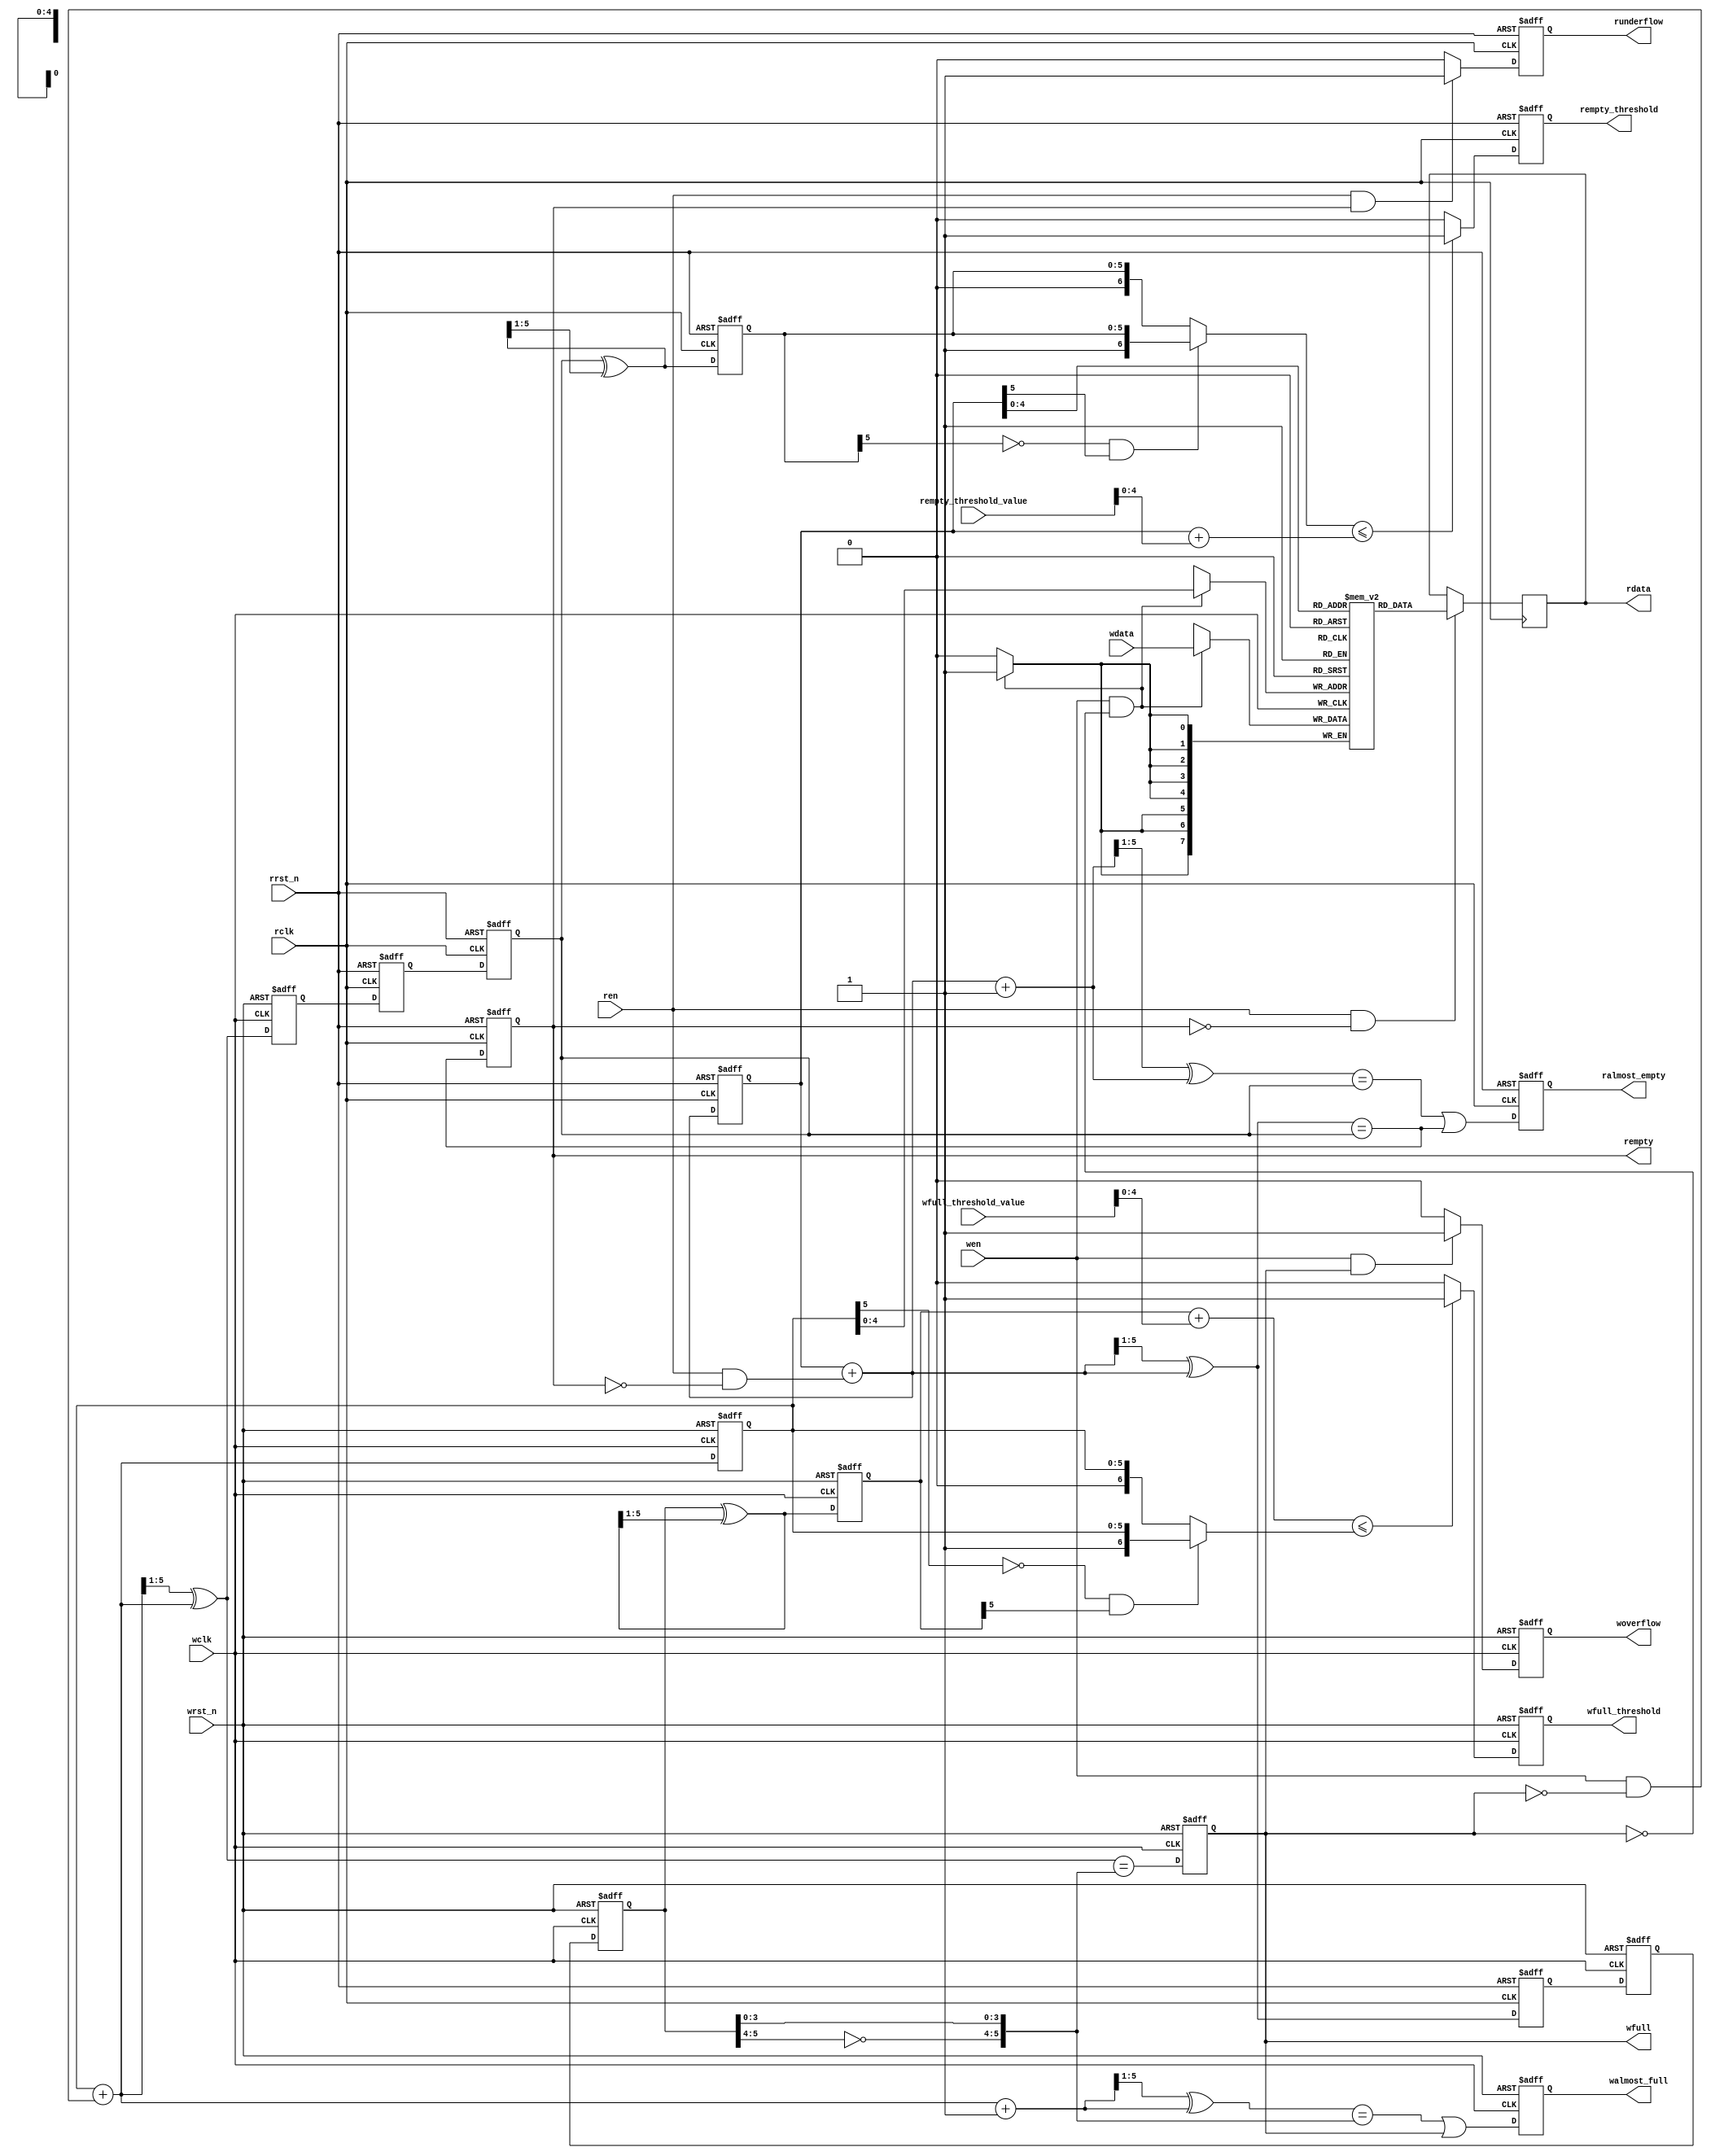
`timescale 1 ns / 1 ps
`default_nettype none

/***********************************************************************
This file is part of the ChipWhisperer Project. See www.newae.com for more
details, or the codebase at http://www.chipwhisperer.com

This code originates from:
http://www.sunburst-design.com/papers/CummingsSNUG2002SJ_FIFO1.pdf
Changes made:
    - default_nettype and the missing wire declarations necessitated by this.
    - combine the original 6 modules into a single one
    - over/underflow flags
    - programmable full and empty threshold
    - almost full / empty flags
    - parameterize depth instead of address width
    - make "first word fall through" an option
    - add Xilinx xpm_memory_sdpram instantiation

*************************************************************************/

module fifo_async #(
    parameter pDATA_WIDTH = 8,
    parameter pDEPTH = 32,
    parameter pFALLTHROUGH = 0, // "first word fall through" 
    parameter pFLOPS = 1,       // pFLOPS, pBRAM and pDISTRIBUTED are mutually exclusive
    parameter pBRAM = 0,        // Setting pBRAM or pDISTRIBUTE instantiates a Xilinx
    parameter pDISTRIBUTED = 0  // xpm_memory_sdpram instance for storage; otherwise, flops.
) (
    input  wire                         wclk, 
    input  wire                         rclk, 
    input  wire                         wrst_n,
    input  wire                         rrst_n,
    /* verilator lint_off UNUSED */
    input  wire [31:0]                  wfull_threshold_value,
    input  wire [31:0]                  rempty_threshold_value,
    /* verilator lint_on UNUSED */
    input  wire                         wen, 
    input  wire [pDATA_WIDTH-1:0]       wdata,
    output reg                          wfull,
    output reg                          walmost_full,
    output reg                          woverflow,
    output reg                          wfull_threshold,
    input  wire                         ren, 
    output wire [pDATA_WIDTH-1:0]       rdata,
    output reg                          rempty,
    output reg                          ralmost_empty,
    output reg                          rempty_threshold,
    output reg                          runderflow
);

    localparam pADDR_WIDTH = (pDEPTH ==     32)? 5 :
                             (pDEPTH ==     64)? 6 :
                             (pDEPTH ==    128)? 7 :
                             (pDEPTH ==    256)? 8 :
                             (pDEPTH ==    512)? 9 :
                             (pDEPTH ==   1024)? 10 :
                             (pDEPTH ==   2048)? 11 :
                             (pDEPTH ==   4096)? 12 :
                             (pDEPTH ==   8192)? 13 :
                             (pDEPTH ==  16384)? 14 :
                             (pDEPTH ==  32768)? 15 :
                             (pDEPTH ==  65536)? 16 :
                             (pDEPTH == 131072)? 17 : 0;


    wire [pADDR_WIDTH-1:0] wfull_threshold_value_trimmed = wfull_threshold_value[pADDR_WIDTH-1:0];
    wire [pADDR_WIDTH-1:0] rempty_threshold_value_trimmed = rempty_threshold_value[pADDR_WIDTH-1:0];

    wire [pADDR_WIDTH-1:0] waddr, raddr;
    reg  [pADDR_WIDTH:0] wq1_rptr, wq2_rptr, rq1_wptr, rq2_wptr, wptr, rptr;
    reg [pADDR_WIDTH:0] rbin;
    wire [pADDR_WIDTH:0] rgraynext, rbinnext, rbinnext_plus1, rgraynext_plus1;
    wire rempty_val, ralmost_empty_val;
    reg [pADDR_WIDTH:0] wbin;
    wire [pADDR_WIDTH:0] wgraynext, wbinnext, wgraynext_plus1, wbinnext_plus1;
    wire wfull_val, walmost_full_val;
    wire [pDATA_WIDTH-1:0] rdata_fwft;
    reg  [pDATA_WIDTH-1:0] rdata_reg;

    // New: overflow flag
    always @(posedge wclk or negedge wrst_n)
        if (!wrst_n) woverflow <= 1'b0;
        else if (wen && wfull) woverflow <= 1'b1;
        else woverflow <= 1'b0;

    // New: underflow flag
    always @(posedge rclk or negedge rrst_n)
        if (!rrst_n) runderflow <= 1'b0;
        else if (ren && rempty) runderflow <= 1'b1;
        else runderflow <= 1'b0;

    //sync_r2w module in original code:
    always @(posedge wclk or negedge wrst_n)
        if (!wrst_n) {wq2_rptr,wq1_rptr} <= 0;
        else {wq2_rptr,wq1_rptr} <= {wq1_rptr,rptr};

    //sync_w2r module in original code:
    always @(posedge rclk or negedge rrst_n)
        if (!rrst_n) {rq2_wptr,rq1_wptr} <= 0;
        else {rq2_wptr,rq1_wptr} <= {rq1_wptr,wptr};


    `ifdef FAST_FIFO_SIM // flops simulate substantially faster (~50% faster Husky-Pro simulation)
        localparam pFAST_SIM_FLOPS = 1;
    `else
        localparam pFAST_SIM_FLOPS = 0;
    `endif

    // fifomem module in original code:
    generate
        if (pBRAM || pDISTRIBUTED) begin : xilinx_inst
            localparam pMEMORY_PRIMITIVE = (pBRAM)? "block" : "distributed";
            localparam pREAD_LATENCY = (pBRAM)? 1 : 0;

            wire [pDATA_WIDTH-1:0] memout;
            wire [pADDR_WIDTH-1:0] mem_raddr;
            wire mem_rd;

            if (pDISTRIBUTED) begin: distributed_memout_inst
                reg [pDATA_WIDTH-1:0] memout_reg;
                always @(posedge rclk) if (ren && !rempty) memout_reg <= memout;
                assign rdata = (pFALLTHROUGH)? memout : memout_reg;
                assign mem_raddr = raddr;
                assign mem_rd = 1'b1;
            end // distributed_memout_inst

            else if (pBRAM) begin: bram_memout_inst
                reg [pADDR_WIDTH-1:0] current_raddr, next_raddr;
                wire [pADDR_WIDTH-1:0] raddr_fwft;
                assign mem_raddr = (pFALLTHROUGH)? raddr_fwft : raddr;
                assign raddr_fwft = ren? next_raddr : current_raddr;
                assign rdata = memout;
                assign mem_rd = (pFALLTHROUGH)? ~rempty : ren;
                always @(posedge rclk or negedge rrst_n) begin
                    if (~rrst_n) begin
                        current_raddr <= 0;
                        next_raddr <= 1;
                    end
                    else if (ren && ~rempty) begin
                        current_raddr <= current_raddr + 1;
                        next_raddr <= next_raddr + 1;
                    end
                end
                `ifdef __ICARUS__
                    wire warning = (wen && mem_rd && (mem_raddr == waddr));
                    always @(posedge rclk or posedge wclk) begin
                        if (warning)
                            $display("%t WARNING: reading and writing same BRAM address simultaneously; probably won't work as expected! (%m)", $time);
                    end
                `endif
            end // bram_memout_inst

            `ifndef LINT
            if (pFAST_SIM_FLOPS == 0) begin: xpm_inst
                // IMPORTANT NOTE: to simulate with iverilog, some assertions in
                // xpm_memory.sv need to be commented out (with Vivado 2020.2, the
                // whole gen_coll_msgs block), and the -gsupported-assertion
                // iverilog option used.
                xpm_memory_sdpram #(
                    .ADDR_WIDTH_A                       (pADDR_WIDTH),
                    .ADDR_WIDTH_B                       (pADDR_WIDTH),
                    .AUTO_SLEEP_TIME                    (0),
                    .BYTE_WRITE_WIDTH_A                 (pDATA_WIDTH),
                    .CLOCKING_MODE                      ("independent_clock"),
                    .ECC_MODE                           ("no_ecc"),
                    .MEMORY_INIT_FILE                   ("none"),
                    .MEMORY_INIT_PARAM                  ("0"),
                    .MEMORY_OPTIMIZATION                ("true"),
                    .MEMORY_PRIMITIVE                   (pMEMORY_PRIMITIVE),
                    .MEMORY_SIZE                        (pDATA_WIDTH*pDEPTH),
                    .MESSAGE_CONTROL                    (0),
                    .READ_DATA_WIDTH_B                  (pDATA_WIDTH),
                    .READ_LATENCY_B                     (pREAD_LATENCY),
                    .READ_RESET_VALUE_B                 ("0"),
                    .RST_MODE_A                         ("SYNC"),
                    .RST_MODE_B                         ("SYNC"),
                    .USE_EMBEDDED_CONSTRAINT            (0),
                    .USE_MEM_INIT                       (0),
                    .WAKEUP_TIME                        ("disable_sleep"),
                    .WRITE_DATA_WIDTH_A                 (pDATA_WIDTH),
                    .WRITE_MODE_B                       ("read_first")
                )
                xpm_memory_sdpram_inst (
                    .dbiterrb                           (),         // 1-bit output: Status signal to indicate double bit error occurrence on the data output of port B.
                    .doutb                              (memout),   // READ_DATA_WIDTH_B-bit output: Data output for port B read operations.
                    .sbiterrb                           (),         // 1-bit output: Status signal to indicate single bit error occurrence on the data output of port B.
                    .addra                              (waddr),    // ADDR_WIDTH_A-bit input: Address for port A write operations.
                    .addrb                              (mem_raddr),// ADDR_WIDTH_B-bit input: Address for port B read operations.
                    .clka                               (wclk),     // 1-bit input: Clock signal for port A. Also clocks port B when parameter CLOCKING_MODE is "common_clock".
                    .clkb                               (rclk),     // 1-bit input: Clock signal for port B when parameter CLOCKING_MODE is "independent_clock". Unused when parameter CLOCKING_MODE is "common_clock".
                    .dina                               (wdata),    // WRITE_DATA_WIDTH_A-bit input: Data input for port A write operations.
                    .ena                                (1'b1),     // 1-bit input: Memory enable signal for port A. Must be high on clock cycles when write operations are initiated. Pipelined internally.
                    .enb                                (mem_rd),   // 1-bit input: Memory enable signal for port B. Must be high on clock cycles when read operations are initiated. Pipelined internally.
                    .injectdbiterra                     (1'b0),     // 1-bit input: Controls double bit error injection on input data when ECC enabled (Error injection capability is not available in "decode_only" mode).
                    .injectsbiterra                     (1'b0),     // 1-bit input: Controls single bit error injection on input data when ECC enabled (Error injection capability is not available in "decode_only" mode).
                    .regceb                             (1'b1),     // 1-bit input: Clock Enable for the last register stage on the output data path.
                    .rstb                               (~rrst_n),  // 1-bit input: Reset signal for the final port B output register stage.  Synchronously resets output port doutb to the value specified by parameter READ_RESET_VALUE_B.
                    .sleep                              (1'b0),     // 1-bit input: sleep signal to enable the dynamic power saving feature.
                    .wea                                (wen)       // WRITE_DATA_WIDTH_A-bit input: Write enable vector for port A input data port dina. 1 bit wide when word-wide writes are used. In byte-wide write configurations, each bit controls the writing one byte of dina to address addra. For example, to synchronously write only bits [15-8] of dina when WRITE_DATA_WIDTH_A is 32, wea would be 4'b0010.
                );
            end // xpm_inst
            `endif // LINT
        end // xilinx_inst

        if (pFLOPS || pFAST_SIM_FLOPS) begin: flop_inst
            // RTL Verilog memory model
            reg [pDATA_WIDTH-1:0] mem [0:pDEPTH-1];
            assign rdata_fwft = mem[raddr];
            always @(posedge wclk)
                if (wen && !wfull) mem[waddr] <= wdata;
            always @(posedge rclk)
                if (ren && !rempty) rdata_reg <= rdata_fwft;
            // New: optional first word fall through mode
            assign rdata = pFALLTHROUGH ? rdata_fwft : rdata_reg;
            //debug only:
            //wire [63:0] mem0 = mem[0];
            //wire [63:0] mem1 = mem[1];
            //wire [63:0] mem2 = mem[2];
            //wire [63:0] mem3 = mem[3];
        end
    endgenerate


    // rptr_empty module in original code:
    // GRAYSTYLE2 pointer
    always @(posedge rclk or negedge rrst_n)
        if (!rrst_n) {rbin, rptr} <= 0;
        else {rbin, rptr} <= {rbinnext, rgraynext};
    // Memory read-address pointer (okay to use binary to address memory)
    assign raddr = rbin[pADDR_WIDTH-1:0];
    assign rbinnext = rbin + {{(pADDR_WIDTH-1){1'b0}}, (ren & ~rempty)};
    assign rgraynext = (rbinnext>>1) ^ rbinnext;
    //---------------------------------------------------------------
    // FIFO empty when the next rptr == synchronized wptr or on reset
    //---------------------------------------------------------------
    assign rempty_val = (rgraynext == rq2_wptr);
    always @(posedge rclk or negedge rrst_n)
        if (!rrst_n) rempty <= 1'b1;
        else rempty <= rempty_val;

    // New: almost empty flag
    assign rbinnext_plus1 = rbinnext + 1;
    assign rgraynext_plus1 = (rbinnext_plus1>>1) ^ rbinnext_plus1;
    assign ralmost_empty_val = (rgraynext_plus1 == rq2_wptr);
    always @(posedge rclk or negedge rrst_n)
        if (!rrst_n) ralmost_empty <= 1'b1;
        else ralmost_empty <= ralmost_empty_val || rempty_val;


    // wptr_full module in original code:
    // GRAYSTYLE2 pointer
    always @(posedge wclk or negedge wrst_n)
        if (!wrst_n) {wbin, wptr} <= 0;
        else {wbin, wptr} <= {wbinnext, wgraynext};
    // Memory write-address pointer (okay to use binary to address memory)
    assign waddr = wbin[pADDR_WIDTH-1:0];
    assign wbinnext = wbin + {{(pADDR_WIDTH-1){1'b0}}, (wen & ~wfull)};
    assign wgraynext = (wbinnext>>1) ^ wbinnext;
    //------------------------------------------------------------------
    // Simplified version of the three necessary full-tests:
    // assign wfull_val = ((wgraynext[pADDR_WIDTH]    !=wq2_rptr[pADDR_WIDTH] ) &&
    //                     (wgraynext[pADDR_WIDTH-1]  !=wq2_rptr[pADDR_WIDTH-1]) &&
    //                     (wgraynext[pADDR_WIDTH-2:0]==wq2_rptr[pADDR_WIDTH-2:0]));
    //------------------------------------------------------------------
    assign wfull_val = (wgraynext=={~wq2_rptr[pADDR_WIDTH:pADDR_WIDTH-1],
                                     wq2_rptr[pADDR_WIDTH-2:0]});
    always @(posedge wclk or negedge wrst_n)
        if (!wrst_n) wfull <= 1'b0;
        else wfull <= wfull_val;

    // New: almost full flag
    assign wbinnext_plus1 = wbinnext + 1;
    assign wgraynext_plus1 = (wbinnext_plus1>>1) ^ wbinnext_plus1;
    assign walmost_full_val = (wgraynext_plus1=={~wq2_rptr[pADDR_WIDTH:pADDR_WIDTH-1],
                                                  wq2_rptr[pADDR_WIDTH-2:0]});
    always @(posedge wclk or negedge wrst_n)
        if (!wrst_n) walmost_full <= 1'b0;
        else walmost_full <= walmost_full_val || wfull;



    // New: programmable almost full threshold
    // Convert the read pointer from gray to binary so that it can be compared
    // against the write pointer + threshold in binary.
    // The comparison is a bit tricky but boils down to: add an MSB (set to 0)
    // to both pointers to prevent overflow when adding the threshold value,
    // except when wbin has wrapped around but rbin hasn't: in that case, add
    // an MSB set to 1 to wbin, to make it as though it didn't overflow.
    /* verilator lint_off UNOPTFLAT */
    wire [pADDR_WIDTH:0] wq2_rptr_bin = wq2_rptr ^ (wq2_rptr_bin>>1);
    /* verilator lint_on UNOPTFLAT */
    reg  [pADDR_WIDTH:0] wq2_rptr_bin_r;

    wire [pADDR_WIDTH+1:0] adjust_rt = {1'b0, wq2_rptr_bin_r} + {2'b0, wfull_threshold_value_trimmed};
    wire [pADDR_WIDTH+1:0] adjust_wt1 = {1'b0, wbin};
    wire [pADDR_WIDTH+1:0] adjust_wt2 = {1'b1, wbin};
    wire case2 = (~wbin[pADDR_WIDTH] && wq2_rptr_bin_r[pADDR_WIDTH]);

    always @(posedge wclk or negedge wrst_n) begin
        if (!wrst_n) begin
            wfull_threshold <= 1'b0;
            wq2_rptr_bin_r <= 0;
        end
        else begin
            wq2_rptr_bin_r <= wq2_rptr_bin; // help timing?
            if (adjust_rt <= ((case2)? adjust_wt2 : adjust_wt1))
                wfull_threshold <= 1'b1;
            else
                wfull_threshold <= 1'b0;
        end
    end

    // New: similar idea is used for programmable almost empty threshold:
    // (except here we must convert the *write* pointer from gray to binary)
    /* verilator lint_off UNOPTFLAT */
    wire [pADDR_WIDTH:0] rq2_wptr_bin = rq2_wptr ^ (rq2_wptr_bin>>1);
    /* verilator lint_on UNOPTFLAT */
    reg  [pADDR_WIDTH:0] rq2_wptr_bin_r;
    wire [pADDR_WIDTH+1:0] adjust_rtt = {1'b0, rbin} + {2'b0, rempty_threshold_value_trimmed};
    wire rcase2 = (~rq2_wptr_bin_r[pADDR_WIDTH] && rbin[pADDR_WIDTH]);
    wire [pADDR_WIDTH+1:0] adjust_r_wt1 = {1'b0, rq2_wptr_bin_r};
    wire [pADDR_WIDTH+1:0] adjust_r_wt2 = {1'b1, rq2_wptr_bin_r};
    always @(posedge rclk or negedge rrst_n) begin
        if (!rrst_n) begin
            rempty_threshold <= 1'b0;
            rq2_wptr_bin_r <= 0;
        end
        else begin
            rq2_wptr_bin_r <= rq2_wptr_bin; // help timing?
            if (((rcase2)? adjust_r_wt2 : adjust_r_wt1) <= adjust_rtt)
                rempty_threshold <= 1'b1;
            else
                rempty_threshold <= 1'b0;
        end
    end


    // examples of gray-to-binary conversions, to validate:
    //wire [pADDR_WIDTH:0] wgray2bin = wgraynext ^ (wbinnext>>1);
    //wire [pADDR_WIDTH:0] wgray2bin2 = wgraynext ^ (wgray2bin2>>1);
    //wire g2b_pass = wgray2bin == wbinnext;
    //wire g2b_pass2 = wgray2bin2 == wbinnext;


endmodule

`default_nettype wire